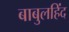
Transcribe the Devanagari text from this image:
बाबुलहिंद